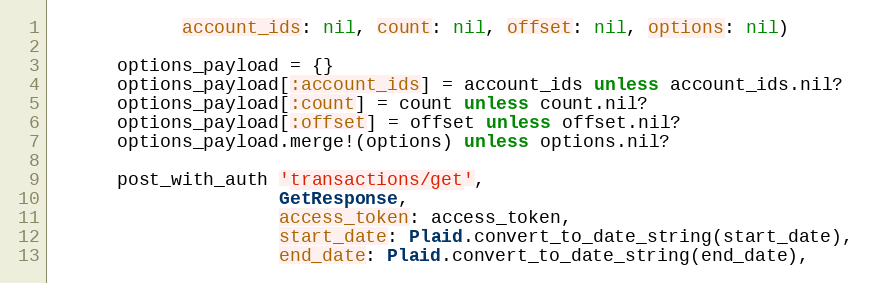
Language: Ruby
            account_ids: nil, count: nil, offset: nil, options: nil)

      options_payload = {}
      options_payload[:account_ids] = account_ids unless account_ids.nil?
      options_payload[:count] = count unless count.nil?
      options_payload[:offset] = offset unless offset.nil?
      options_payload.merge!(options) unless options.nil?

      post_with_auth 'transactions/get',
                     GetResponse,
                     access_token: access_token,
                     start_date: Plaid.convert_to_date_string(start_date),
                     end_date: Plaid.convert_to_date_string(end_date),